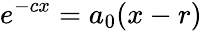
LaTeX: e^{-cx}=a_{0}(x-r)